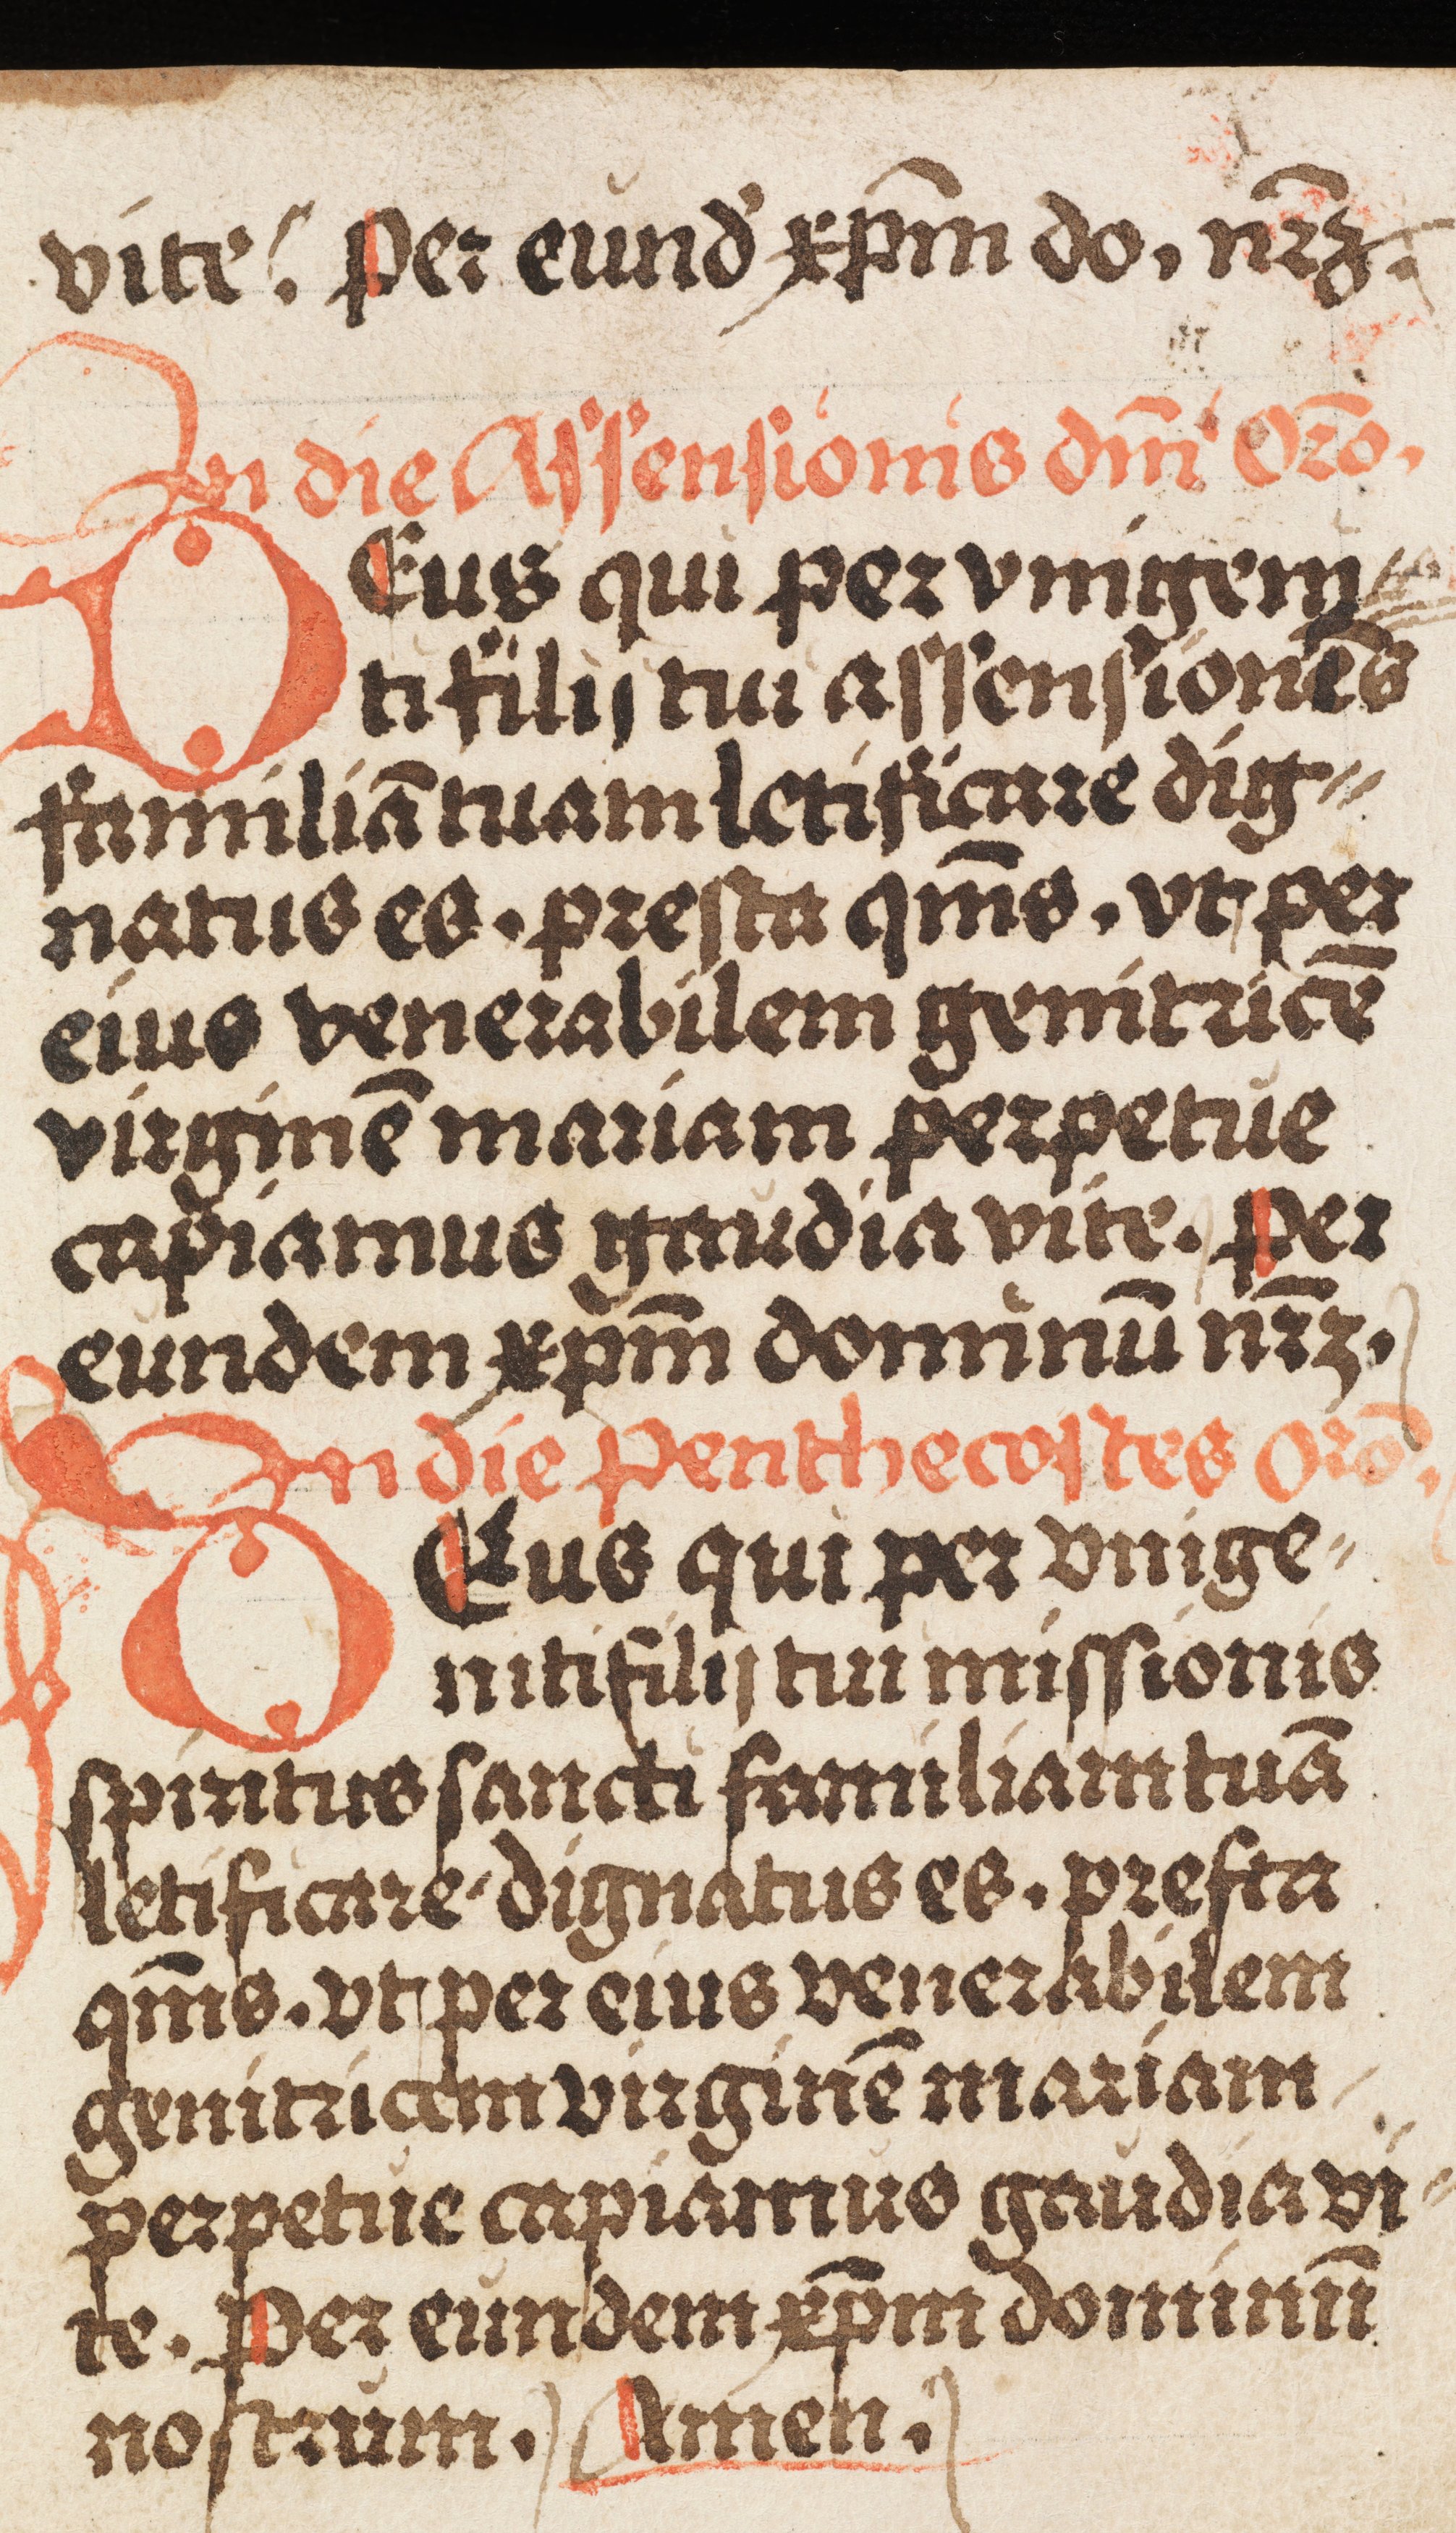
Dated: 1500–1524